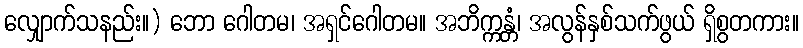
လျှောက်သနည်း။) ဘော ဂေါတမ၊ အရှင်ဂေါတမ။ အဘိက္ကန္တံ၊ အလွန်နှစ်သက်ဖွယ် ရှိစွတကား။